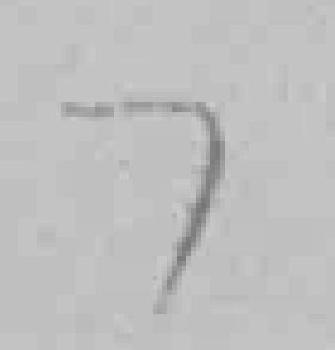
7